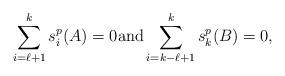
LaTeX: \begin{align*}\sum_{i=\ell+1}^{k}s_i^p(A)=0\hbox{and} \displaystyle \sum_{i=k-\ell+1}^{k}s_k^p(B)=0,\end{align*}